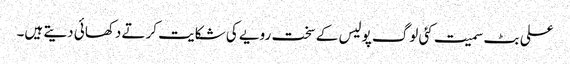
علی بٹ سمیت کئی لوگ پولیس کے سخت رویے کی شکایت کرتے دکھائی دیتے ہیں۔